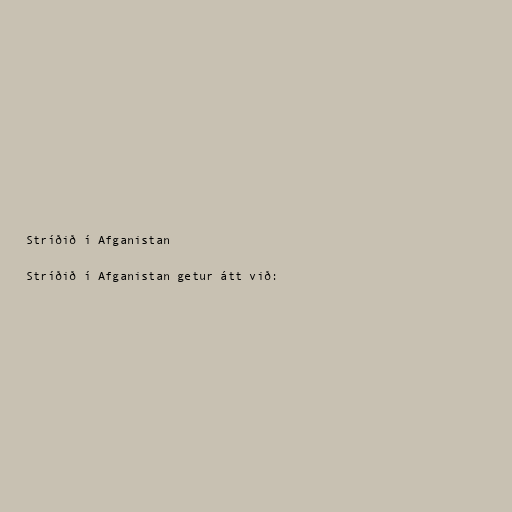
Stríðið í Afganistan

Stríðið í Afganistan getur átt við: